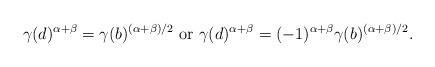
LaTeX: \begin{align*} \gamma(d)^{\alpha+\beta}= \gamma(b)^{(\alpha+\beta)/2}\ \hbox{or}\ \gamma(d)^{\alpha+\beta}=(-1)^{\alpha+\beta}\gamma(b)^{(\alpha+\beta)/2}.\end{align*}